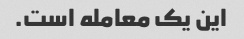
این یک معامله است.